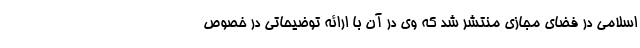
اسلامی در فضای مجازی منتشر شد که وی در آن با ارائه توضیحاتی در خصوص